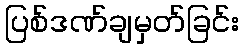
ပြစ်ဒဏ်ချမှတ်ခြင်း